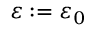
\varepsilon : = \varepsilon _ { 0 }